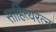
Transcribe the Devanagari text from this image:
साहित्यरत्‍न